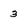
Character: 3